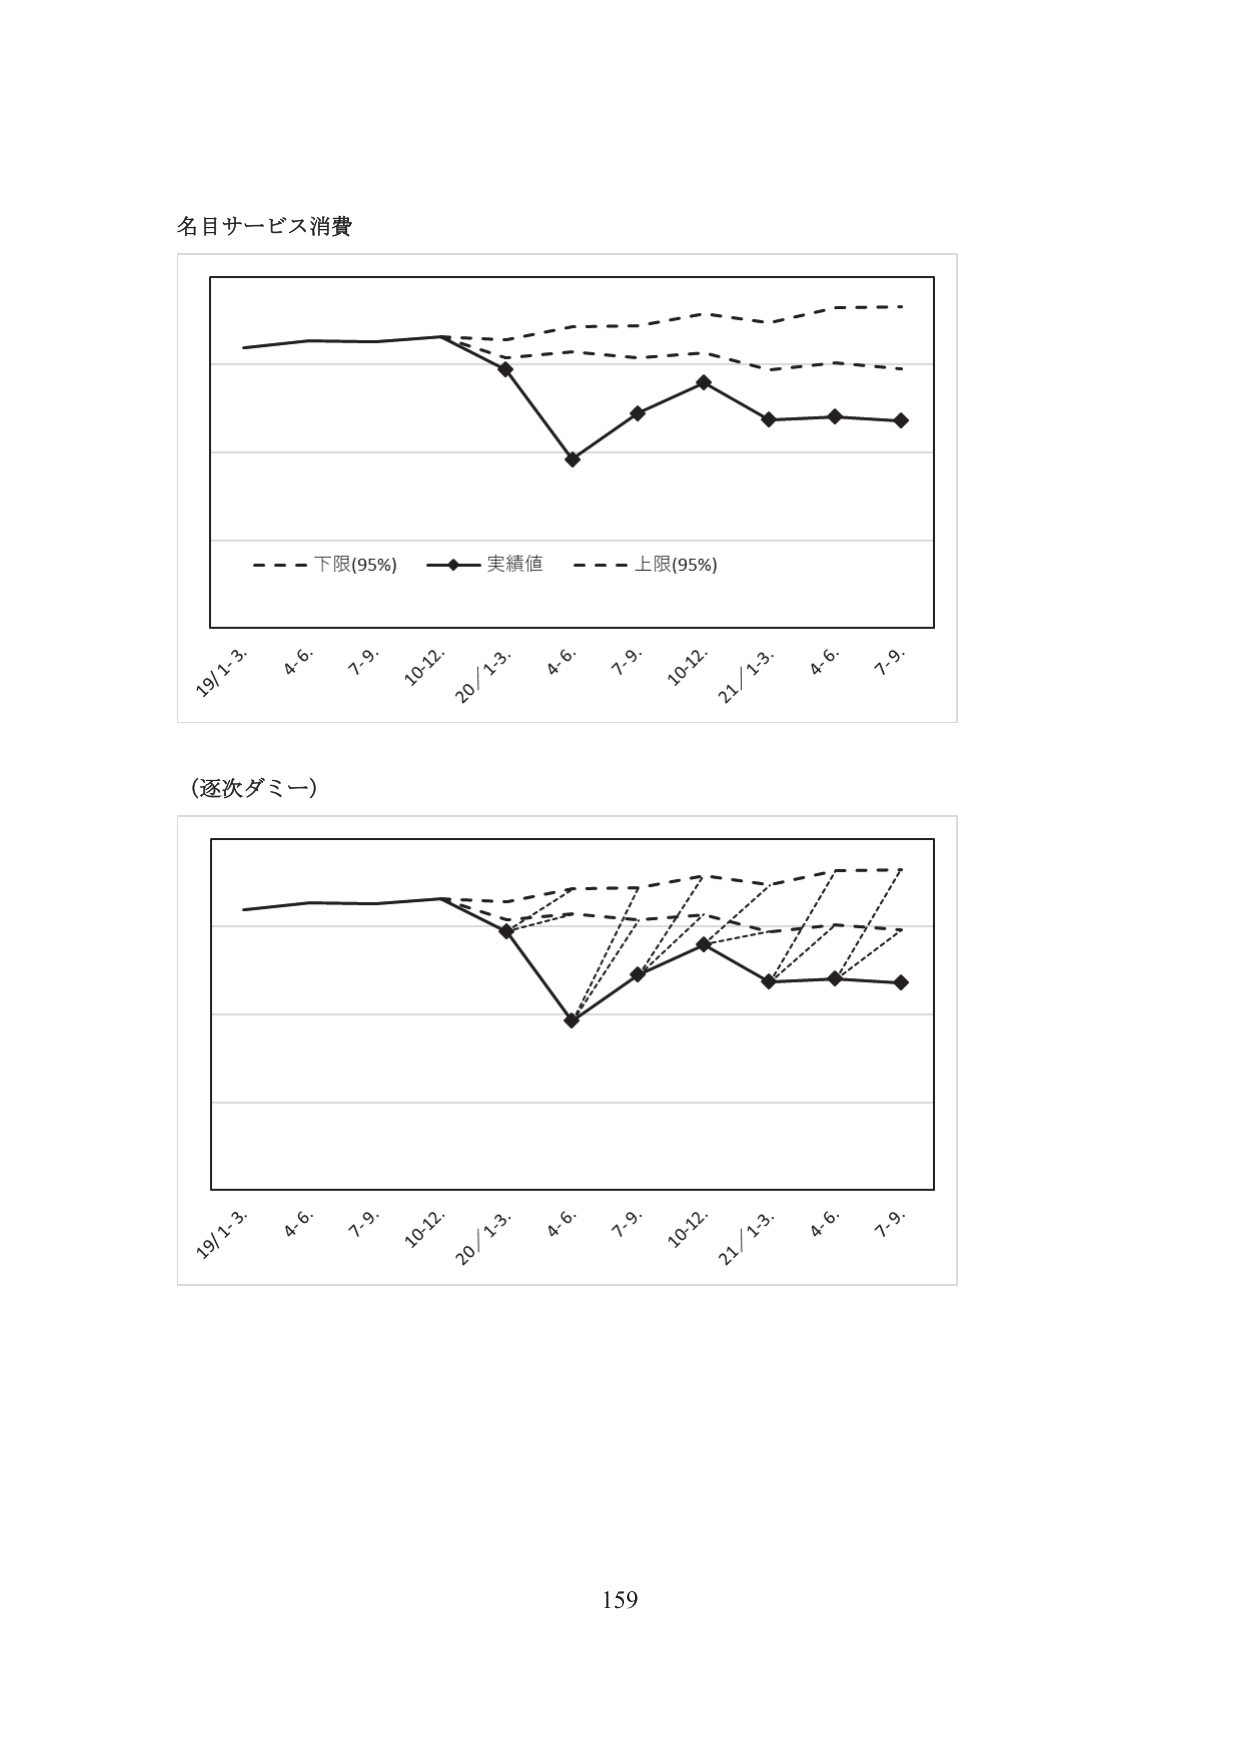
名目サービス消費

19/1-3. 4-6. 7-9. 10-12. 20/1-3. 4-6. 7-9. 10-12. 21/1-3. 4-6. 7-9.

- - - 下限(95%) -◆- 実績値 - - - 上限(95%)

（逐次ダミー）

19/1-3. 4-6. 7-9. 10-12. 20/1-3. 4-6. 7-9. 10-12. 21/1-3. 4-6. 7-9.

159